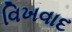
વિખવાદ